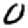
Digit: 0